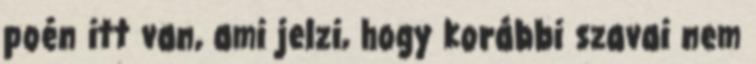
poén itt van, ami jelzi, hogy korábbi szavai nem